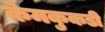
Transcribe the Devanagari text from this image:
केमकुकडी